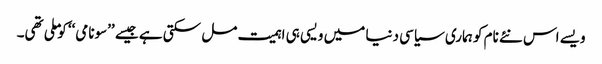
ویسے اس نئے نام کو ہماری سیاسی دنیا میں ویسی ہی اہمیت مل سکتی ہے جیسے ’’سونامی‘‘ کو ملی تھی۔